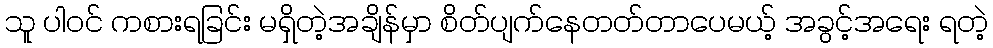
သူ ပါဝင် ကစားရခြင်း မရှိတဲ့အချိန်မှာ စိတ်ပျက်နေတတ်တာပေမယ့် အခွင့်အရေး ရတဲ့